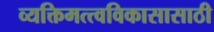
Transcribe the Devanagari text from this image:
व्यक्तिमत्त्वविकासासाठी